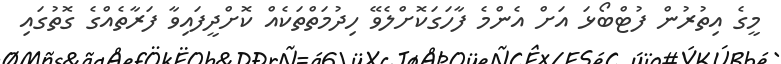
މީގެ އިތުރުން ފުޓްބޯޅަ އަށް އެންމެ ފާހަގަކޮށްލެވޭ ހިދުމަތްތަކެއް ކޮށްދީފައިވާ ފަރާތެއްގެ ގޮތުގައި